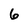
Character: 6